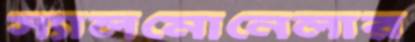
স্যালমোনেলার